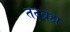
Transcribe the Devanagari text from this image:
तद्ब्रह्म